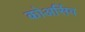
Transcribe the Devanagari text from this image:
कोअर्सिव